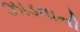
ઝાડવાની